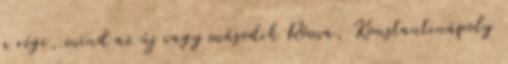
a régi, mind az új vagy második Róma, Konstantinápoly